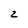
Character: 2